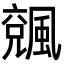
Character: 𩘍